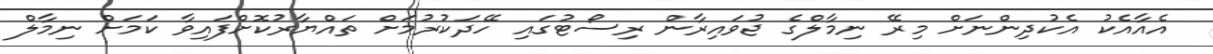
އެއާއެކު އެކުދިންނަށް މިރޭ ނިމާލްގެ ޖުވައިރާން ރިސޯޓުގައި ހޭދަކުރުމަށް ތައްޔާރުކޮށްފައިވާ ކަމަށް ނިމާލް